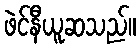
ဖဲင်နီယူဆသည်။